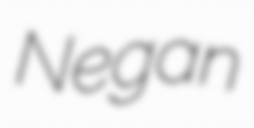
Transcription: Negan